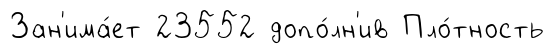
Зан'има́ет 23552 допо́лн'ив Пло́тность